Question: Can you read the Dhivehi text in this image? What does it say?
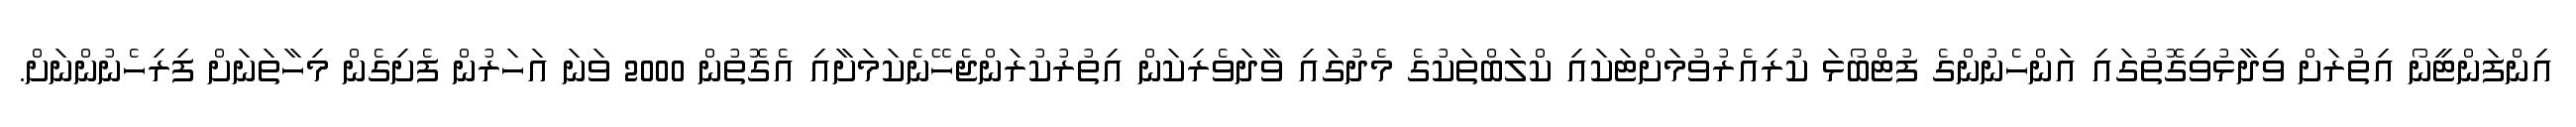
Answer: އިންފަންޓީނޯ އިތުރަށް ވިދާޅުވިގޮތުގައި އަންހެނުންގެ ފުޓްބޯޅަ ކުރިއެރުވުމަށްޓަކައި ކްލަބްތަކުގެ މެދުގައި ވާދަވެރިކަން އިތުރުކުރަންޖެހޭނެކަމަށާއި އެގޮތުން 2000 ވަނަ އަހަރުން ފެށިގެން މިހާތަނަށް ފިރިހެނުންނަށް.